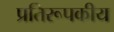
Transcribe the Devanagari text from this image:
प्रतिरूपकीय